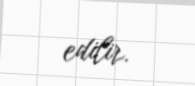
edilir.